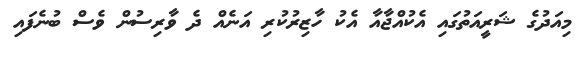
މިއަދުގެ ޝަރީއަތުގައި އެކުއްޖާއާ އެކު ހާޒިރުކުރި އަނެއް ދެ ވާރިސުން ވެސް ބުނެފައި